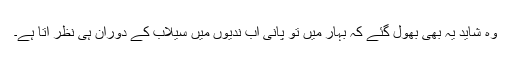
وہ شاید یہ بھی بھول گئے کہ بہار میں تو پانی اب ندیوں میں سیلاب کے دوران ہی نظر آتا ہے۔